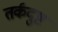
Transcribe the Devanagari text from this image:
तर्कदुष्ट